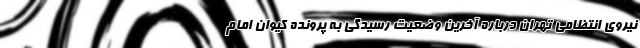
نیروی انتظامی تهران درباره آخرین وضعیت رسیدگی به پرونده کیوان امام